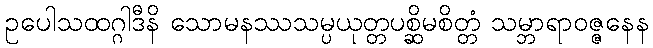
ဥပေါသထဂ္ဂါဒီနိ သောမနဿသမ္ပယုတ္တပစ္ဆိမစိတ္တံ သမ္ဘာရာဝဇ္ဇနေန